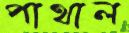
পাথাল